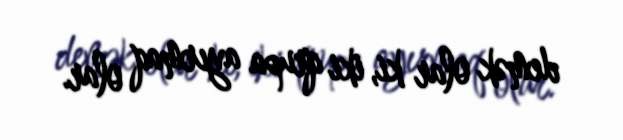
demək olar ki, iki qrupa ayırmaq olar.